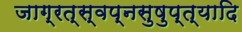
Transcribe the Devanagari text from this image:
जाग्रत्स्वप्नसुषुप्त्यादि